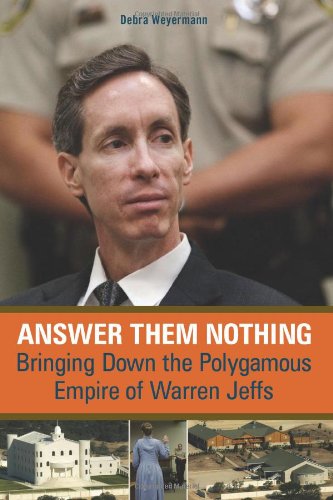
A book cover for Answer Them Nothing: Bringing Down the Polygamous Empire of Warren Jeffs; Debra Weyermann; Christian Books & Bibles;